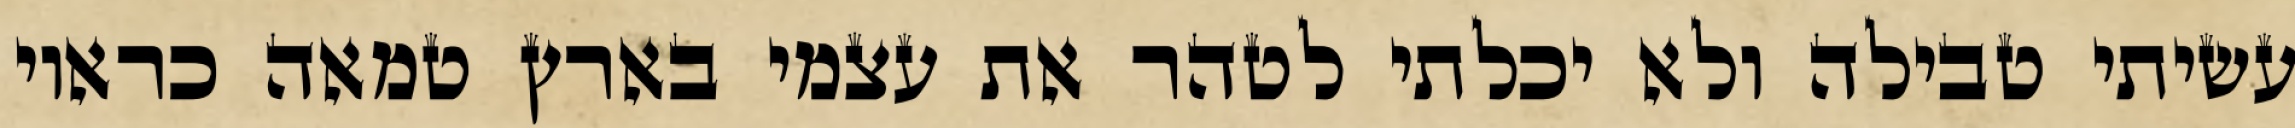
עשיתי טבילה ולא יכלתי לטהר את עצמי בארץ טמאה כראוי